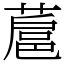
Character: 蔰